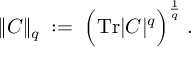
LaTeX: \| C \| _ { q } \; : = \; \Big ( \mathrm { T r } | C | ^ { q } \Big ) ^ { \frac { 1 } { q } } \; .